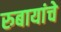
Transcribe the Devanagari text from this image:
रुबायांचे